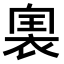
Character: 𧚡